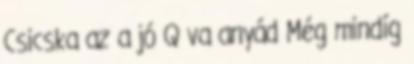
Csicska az a jó Q va anyád Még mindíg